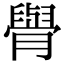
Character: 𦡌